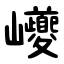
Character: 巙